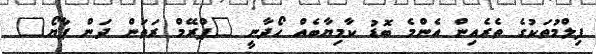
ފިލްމުތަކުގެ ތެރެއިން އެންމެ ބޮޑު ކާމިޔާބެއް ހޯދާނީ "ޕްރޭމް ރަތަން ދަން ޕާޔޯ"